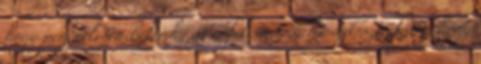
hogy pengeélesen belémhasít a felismerés: ha azt szeretném, hogy